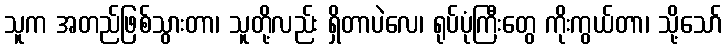
သူက အတည်ဖြစ်သွားတာ၊ သူတို့လည်း ရှိတာပဲလေ၊ ရုပ်ပုံကြီးတွေ ကိုးကွယ်တာ၊ သို့သော်